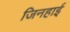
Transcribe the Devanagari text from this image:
जिनहाई